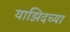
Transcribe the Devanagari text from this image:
याझिदच्या